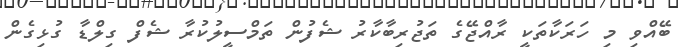
ބޭއްވި މި ހަރަކާތަކީ ރާއްޖޭގެ ތަޖުރިބާކާރު ޝެފުން ތަމްސީލުކުރާ ޝެފް ގިލްޑާ ގުޅިގެން